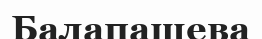
Балапашева